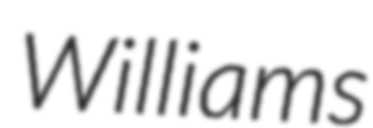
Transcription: Williams